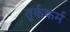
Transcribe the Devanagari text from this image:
तुर्ककर्म